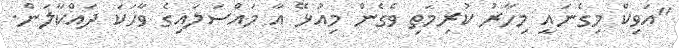
"އަވިކް މިގެނައީ މިހާރު ކުރިމަތި ވެގެން މިއުޅޭ އާ މައްސަލައިގެ ވާހަކަ ދައްކާލަން.